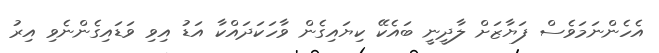
އެހެންނަމަވެސް ފަޔާޒަށް ލާދީނީ ބައެކޭ ކިޔައިގެން ވާހަކަދައްކާ އަޑު އިވި ވަޑައިގެންނެވި އިރު